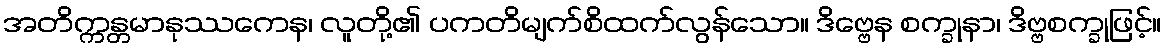
အတိက္ကန္တမာနုဿကေန၊ လူတို့၏ ပကတိမျက်စိထက်လွန်သော။ ဒိဗ္ဗေန စက္ခုနာ၊ ဒိဗ္ဗစက္ခုဖြင့်။